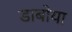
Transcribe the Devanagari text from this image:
डाबोया